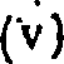
(v)